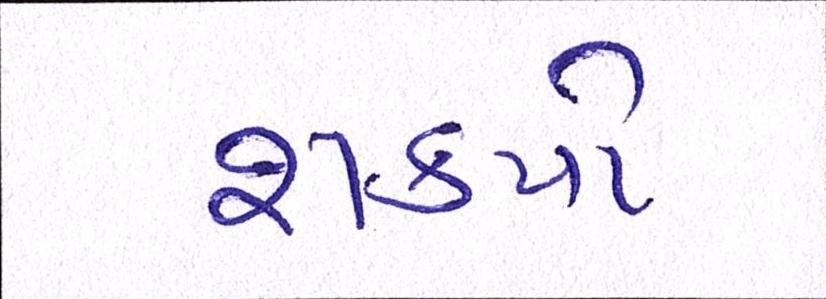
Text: શક્યો